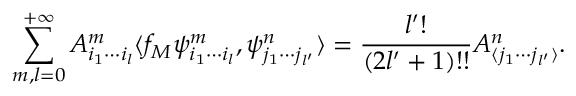
\sum _ { m , l = 0 } ^ { + \infty } A _ { i _ { 1 } \cdots i _ { l } } ^ { m } \langle f _ { M } \psi _ { i _ { 1 } \cdots i _ { l } } ^ { m } , \psi _ { j _ { 1 } \cdots j _ { l ^ { \prime } } } ^ { n } \rangle = \frac { l ^ { \prime } ! } { ( 2 l ^ { \prime } + 1 ) ! ! } A _ { \langle j _ { 1 } \cdots j _ { l ^ { \prime } } \rangle } ^ { n } .